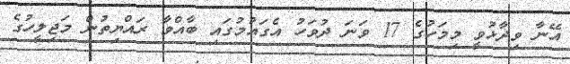
އޭނާ ވިދާޅުވީ މިމަހުގެ 17 ވަނަ ދުވަހު އެގައުމުގައި ބާއްވާ ރައްޔިތުން މަޖިލީހުގެ